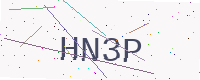
Text: HN3P